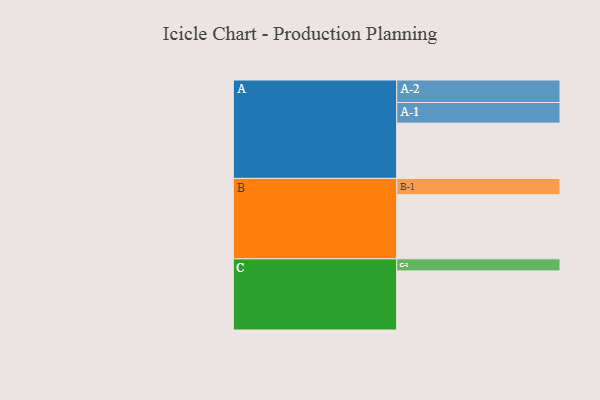
{"axis": {"x": "Segment", "y": "Value"}, "legend": ["", "A", "B", "C"], "data": [{"x": "A", "y": 477, "type": ""}, {"x": "B", "y": 553, "type": ""}, {"x": "C", "y": 510, "type": ""}, {"x": "A-1", "y": 178, "type": "A"}, {"x": "A-2", "y": 194, "type": "A"}, {"x": "B-1", "y": 141, "type": "B"}, {"x": "C-1", "y": 104, "type": "C"}]}